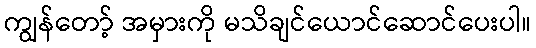
ကျွန်တော့် အမှားကို မသိချင်ယောင်ဆောင်ပေးပါ။